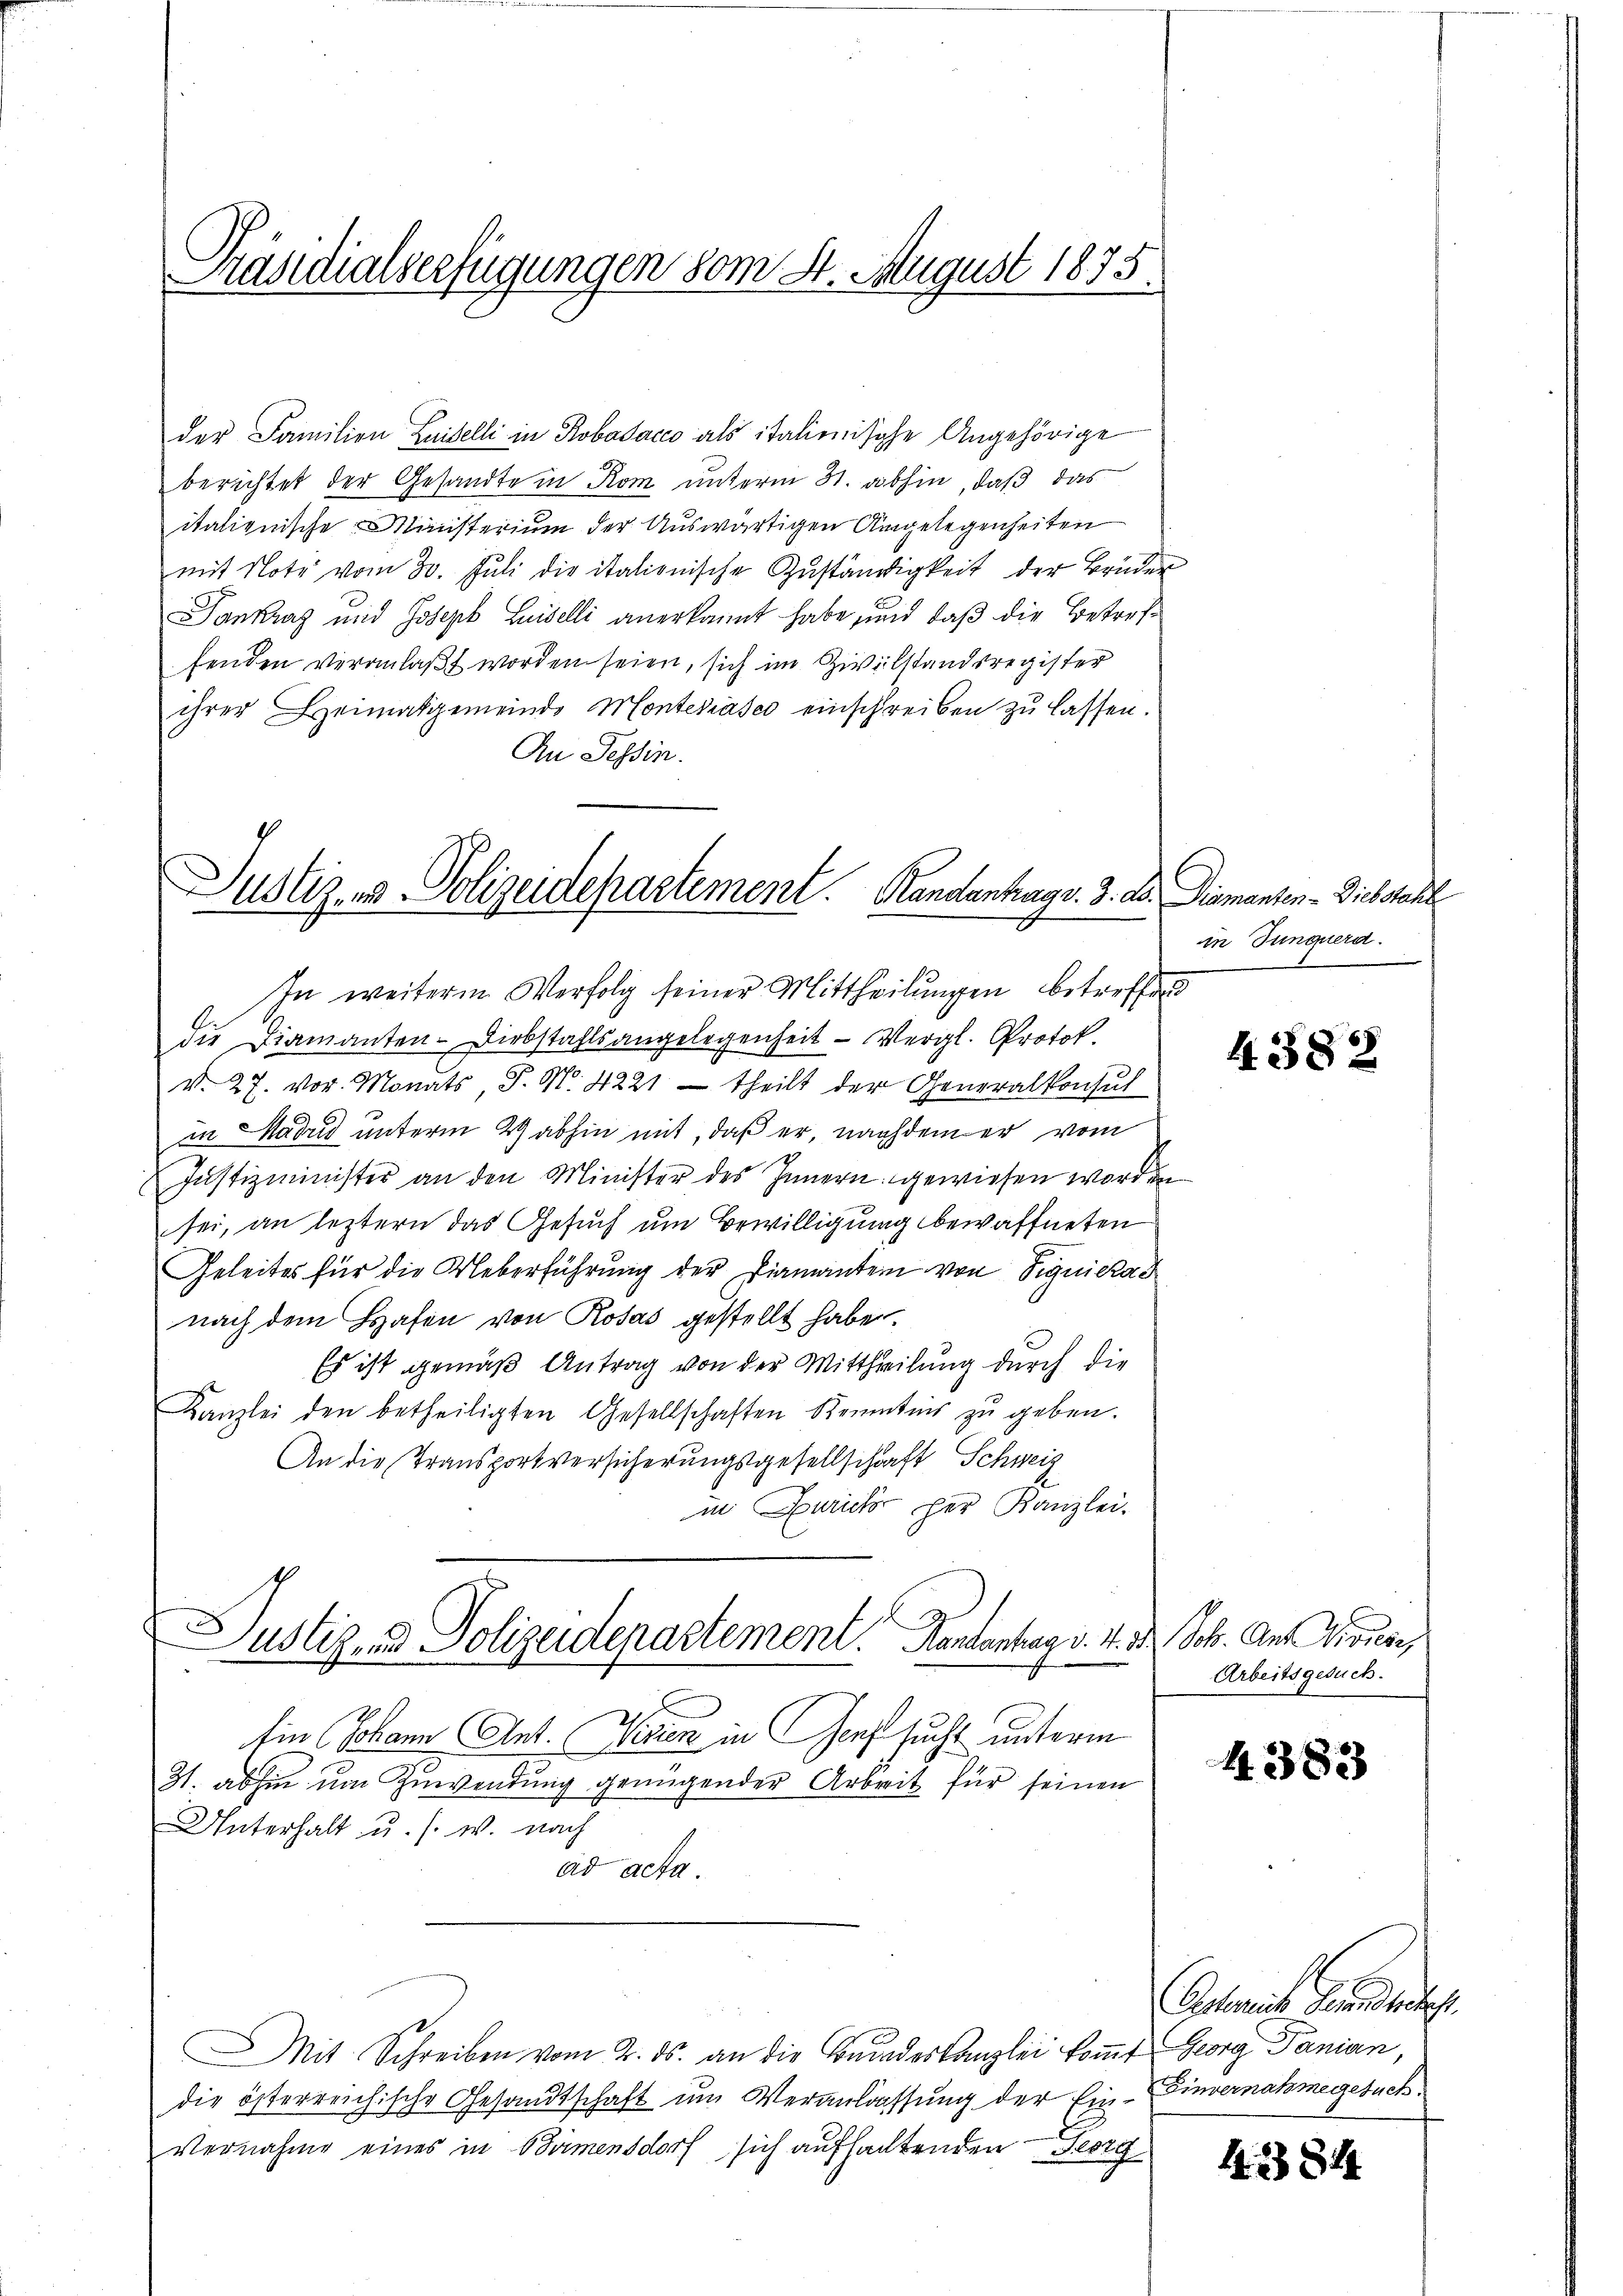
Päsidialserfügungen vom St. August 1875.

der Familien Luiselli in Robadacco als italienische Angehörige
berichtet der Gesandte in Rom unterm 31. abhin, daß das
italienische Ministerium der Auswärtigen Angelegenheiten
mit Note vom 30. Juli die italionische Zuständigkeit der Brüder
Jankweg und Joseph Luiselli anerkannt habe, und daß die Betreffenden veranlaßt worden seien, sich im Zivilstandsregister
ihrer Heimatgemeinde Montenasco einschreiben zŭ lassen.
An Tessin.
Justiz, in Polizeidepartement. Kanalantrags. 3. Dr. Diementen. Diebstell

In weiterm Verfolg seiner Mittheilungen betreffend
die Diamanten- Diebstalls angelegenheit - Vergl. Protok
d. 27. vor. Monats, P. Nr. 4221 – theilt der Generalkonsul
in Hadus unterm 29 abhin mit, daß er, nachdem er vom
Justizminister an den Minister des Innern gewiesen worden
sei, an leztern das Gesuch um Bewilligung bewaffneten
Geleites für die Ueberführung der Diamanten von Signiekad
nach dem Hafen von Rosas gestellt habe.
Es ist gemäß Antrag von der Mittheilung durch die
Kanzlei den betheiligten Gesellschaften Kenntnis zŭ geben.
An die Transportversicherungsgesellschaft Schweiz
in Zürich per Kanzlei.
f
ustiz- und Polizeidepartement. Handantrag v. 4. d. Joh. Ant Visiese,
Ein Johann Ant. Ferien in ersucht unterm
31. abhin um Zuwendung genügender Arbeit für seinen
Unterhalt u. s. w. nach
ad acta.
Mit Schreiben vom 2. ds. an die Bundeskanzlei kommt Georg Panian,
die österreichische Gesandtschaft um Veranlassung der Ein- Einvernahmegesuch.
Vernahme eines in Birmensdorf sich aufhaltenden Georg

in Junquera.

Arbeitsgesuch.

Oestereiche Fenstet.

4382

4383

4. 281